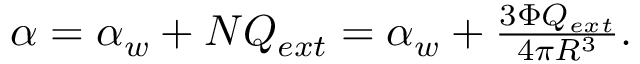
\begin{array} { r } { \alpha = \alpha _ { w } + N Q _ { e x t } = \alpha _ { w } + \frac { 3 \Phi Q _ { e x t } } { 4 \pi R ^ { 3 } } . } \end{array}